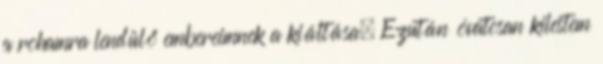
a rohamra lendülő embereimnek a kiáltása. Ezután óvatosan kilestem